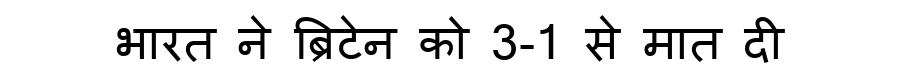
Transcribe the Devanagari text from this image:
भारत ने ब्रिटेन को 3-1 से मात दी